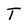
Character: T